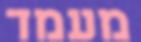
מעמד